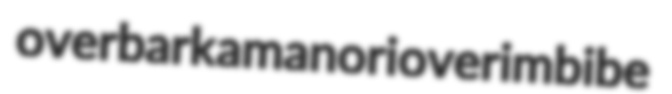
overbark amanori overimbibe